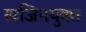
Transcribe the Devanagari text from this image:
खजिनयुक्त